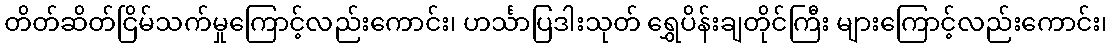
တိတ်ဆိတ်ငြိမ်သက်မှုကြောင့်လည်းကောင်း၊ ဟင်္သာပြဒါးသုတ် ရွှေပိန်းချတိုင်ကြီး များကြောင့်လည်းကောင်း၊